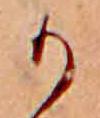
か